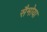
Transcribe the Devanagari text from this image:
सैमोया